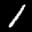
Label: 1